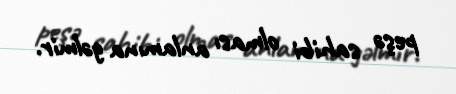
peşə sahibi olması anlamına gəlmir.